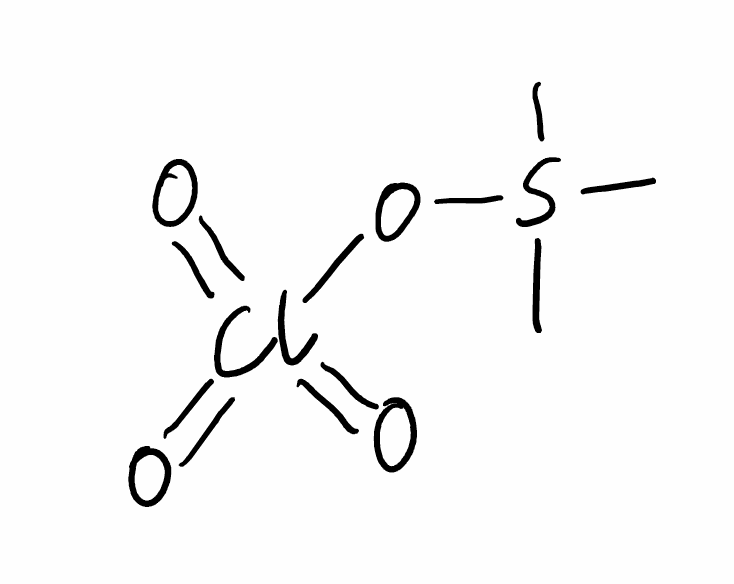
Simplified molecular-input line-entry system (SMILES) notation of the given molecule:
CS(C)(C)OCl(=O)(=O)=O